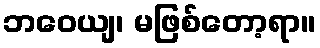
ဘဝေယျ၊ မဖြစ်တော့ရာ။